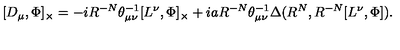
[ D _ { \mu } , \Phi ] _ { \times } = - i R ^ { - N } { \theta } _ { { \mu } { \nu } } ^ { - 1 } [ L ^ { \nu } , \Phi ] _ { \times } + i a R ^ { - N } { \theta } _ { { \mu } { \nu } } ^ { - 1 } { \Delta } ( R ^ { N } , R ^ { - N } [ L ^ { \nu } , \Phi ] ) .